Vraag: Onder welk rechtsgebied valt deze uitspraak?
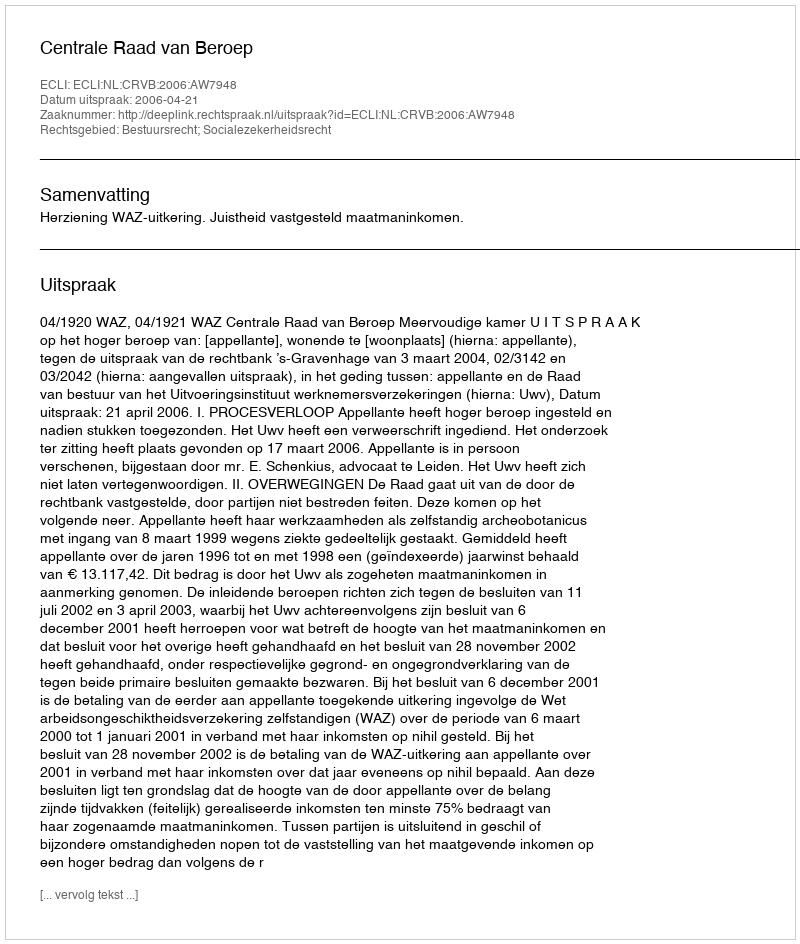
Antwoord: Bestuursrecht; Socialezekerheidsrecht